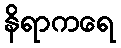
နိရာကရေ